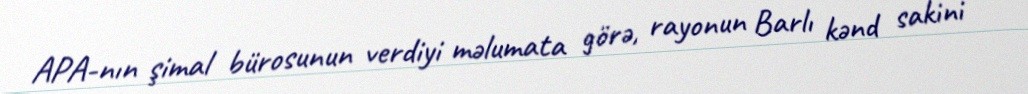
APA-nın şimal bürosunun verdiyi məlumata görə, rayonun Barlı kənd sakini